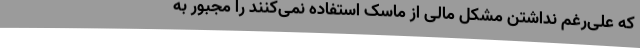
که علی‌رغم نداشتن مشکل مالی از ماسک استفاده نمی‌کنند را مجبور به